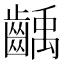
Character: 齲